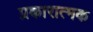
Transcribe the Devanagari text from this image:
प्रकारात्मक